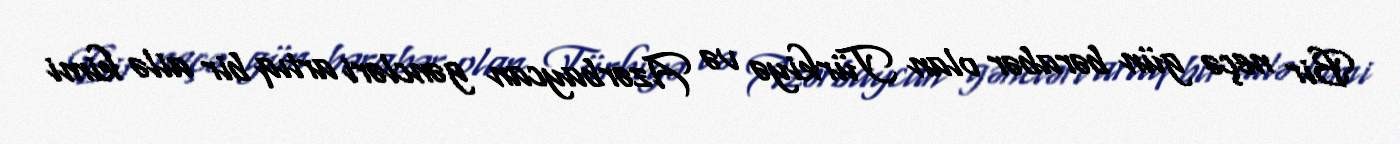
Bir neçə gün bərabər olan Türkiyə və Azərbaycan gəncləri artıq bir ailə kimi